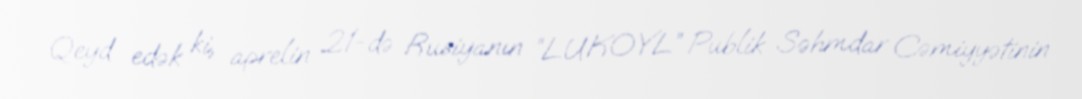
Qeyd edək ki, aprelin 21-də Rusiyanın “LUKOYL” Publik Səhmdar Cəmiyyətinin